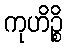
ကုဟိဉ္စိ